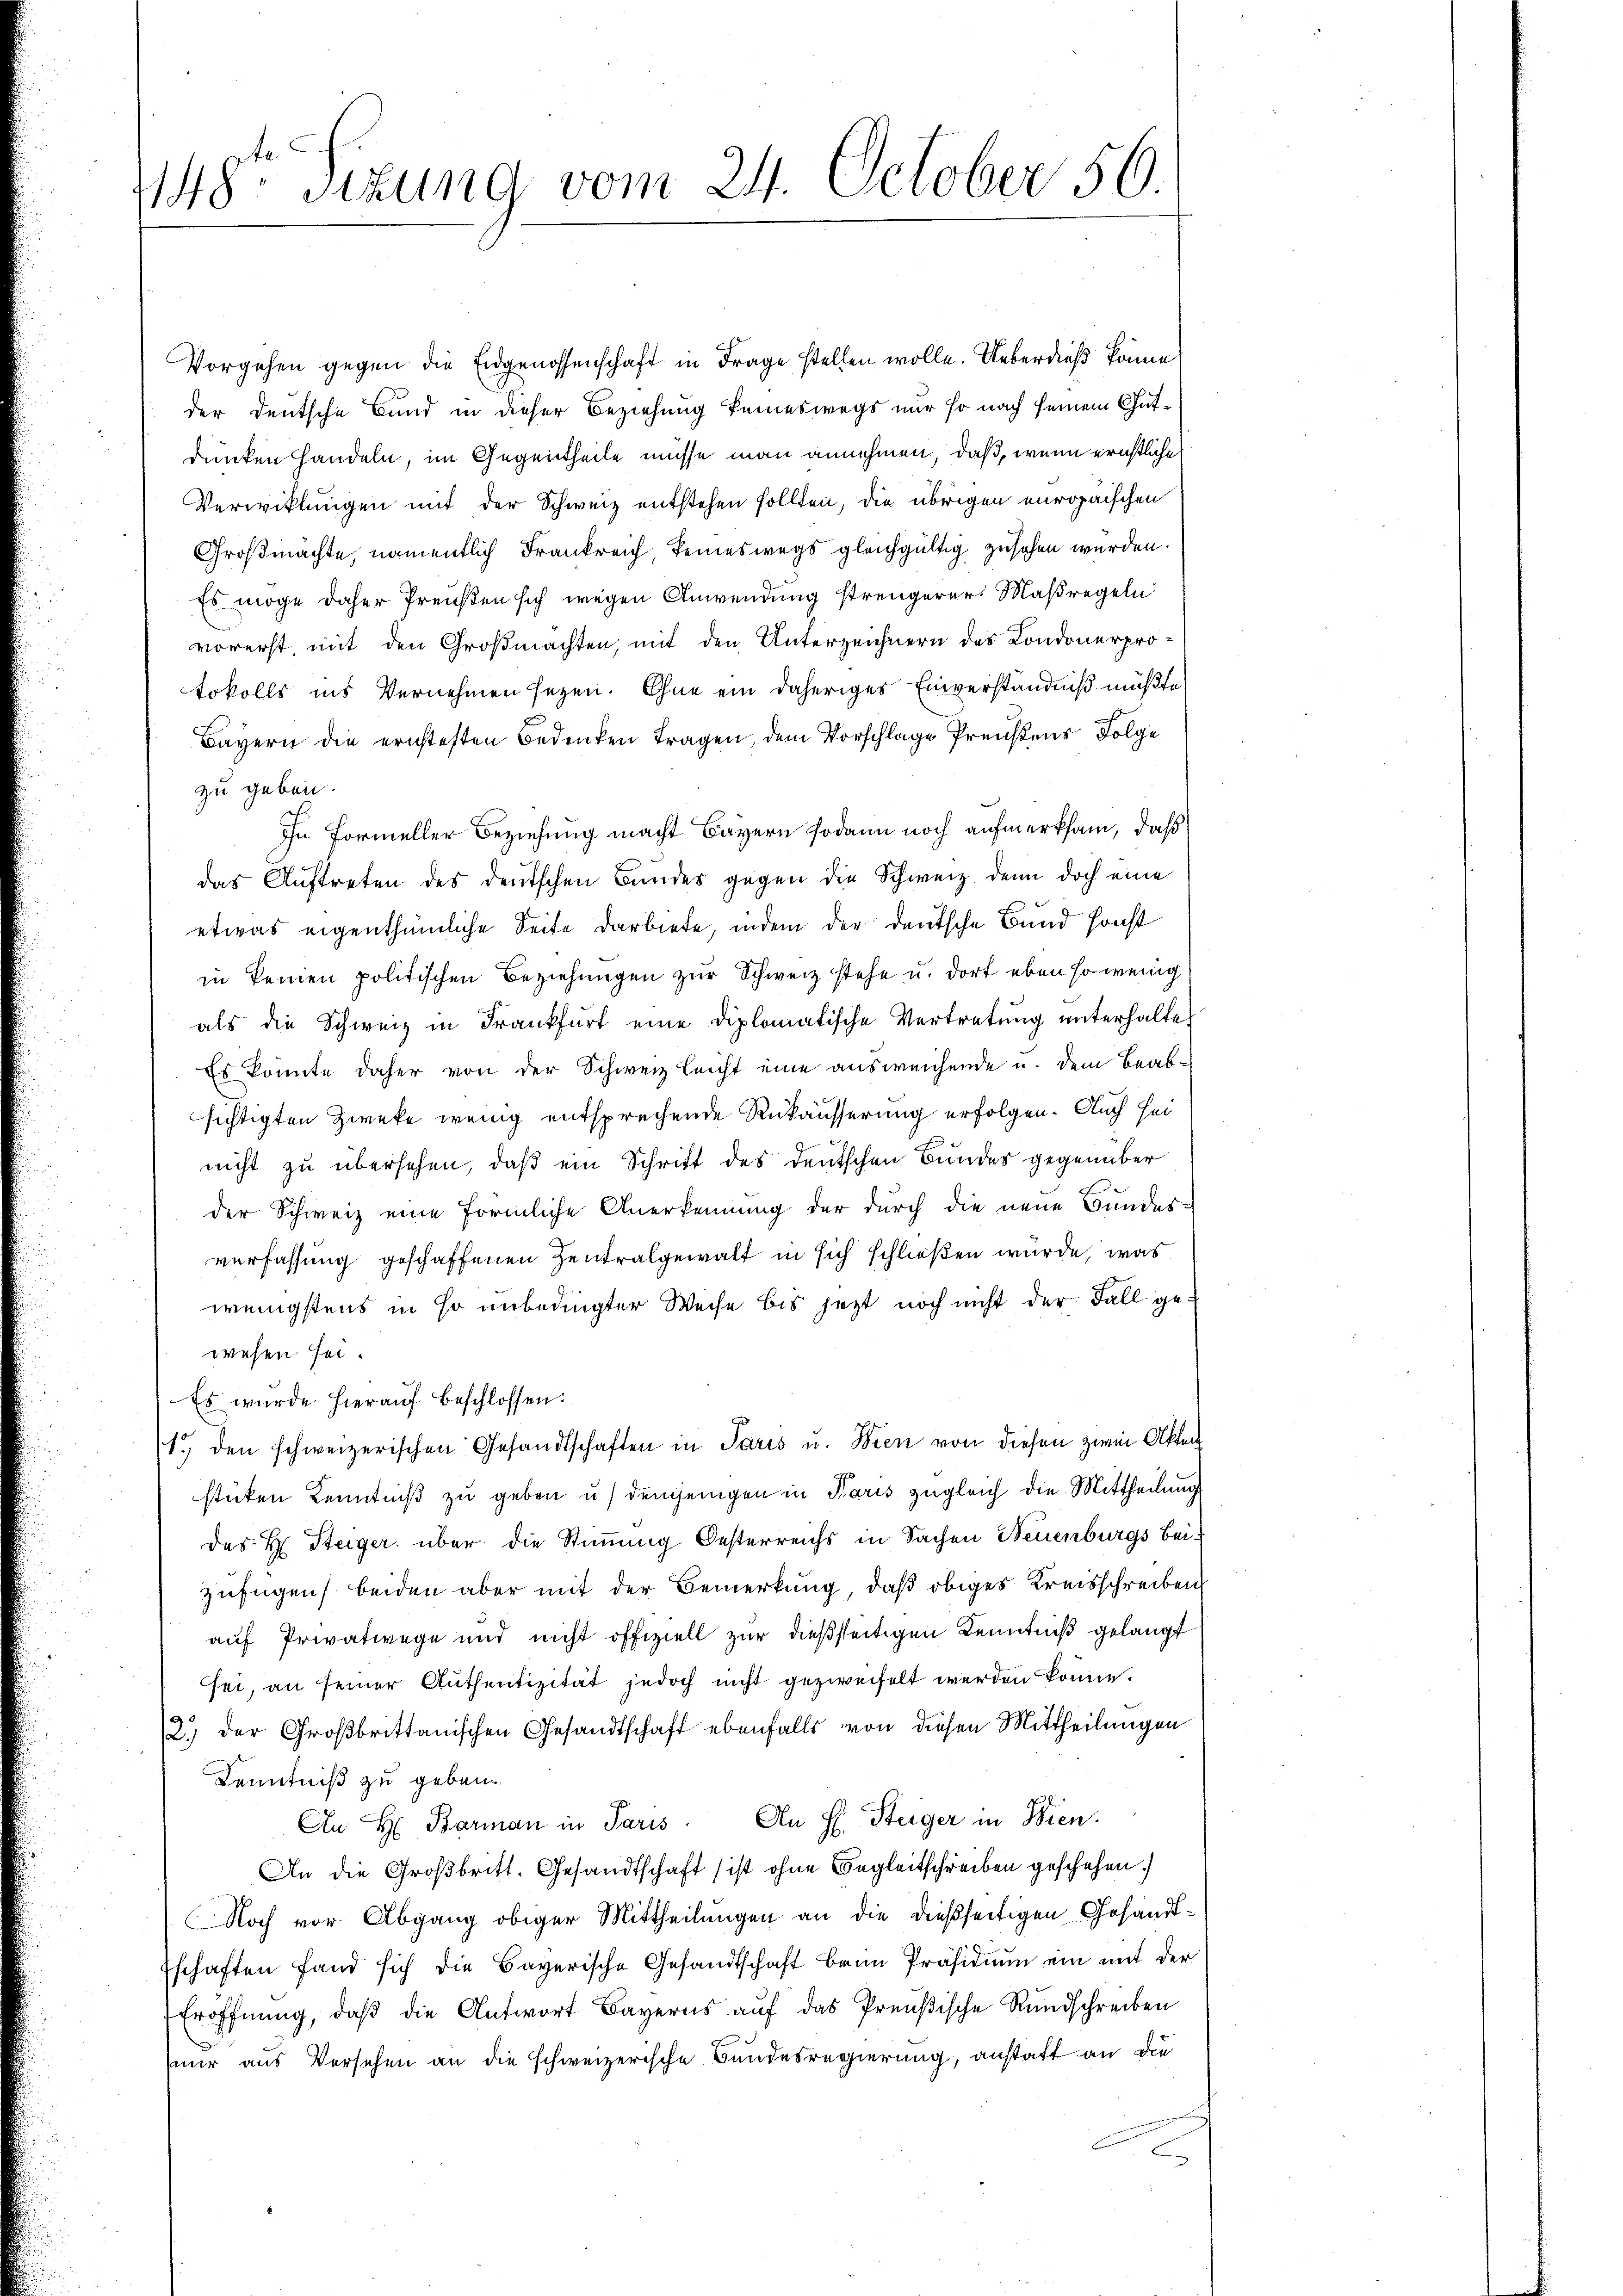
1148 sizung vom 24. October 56

Vorgehen gegen die Eidgenossenschaft in Frage stellen wolle. Ueberdieß könne
der deutsche Bund in dieser Beziehung keineswegs nur so nach seinem Gutdunken handeln, im Gegentheile müsse man annehmen, daß, wenn ernstliche
Verwicklungen mit der Schweiz entstehen sollten, die übrigen europäischen
Großmachte, namentlich Frankreich, keineswegs gleichgültig zusehen werden.
Es möge daher Preußen sich wegen Anwendung strengerer Maßregeln
vorerst, mit den Großmachten, mit den Unterzeichnern des Condonerprotokolls ins Vernehmen seyen. Ohne ein daheriges Einverständniß müßte,
Bayern die ernstesten Bedenken tragen, dem Vorschlage Preistens Folge
zu geben.
In Formeller Beziehung macht Bayern sodann noch aufmerksam, daß
das Auftreten des deutschen Bundes gegen die Schweiz denn doch eine
etwas eigenthümliche Seite darbiete, indem der deutsche Bund sonst
in keinen politischen Beziehungen zur Schweiz stehe u. dort eben so wenig
als die Schweiz in Frankfurt eine diplomatische Vertretung unterhalte¬
Es könnte daher von der Schweiz leicht eine ausweichende u. dem Beabsichtigten Zweke wenig entsprechende Rükäusserung erfolgen. Auch sei
nicht zu übersehen, daß ein Schritt des deutschen Bundes gegenüber
der Schweiz eine förmliche Anerkennung der durch die neue Bundes-
verfassung geschaffenen Zentralgewalt in sich schließen würde, was
wenigstens in so unbedingter Weise bis jetzt noch nicht der Fall gewesen sei.
Es wurde hierauf beschlossen:
1., den schweizerischen Gesandtschaften in Paris u. Wien von diesen zwei Akten
stücken Kenntniß zu geben u. demjenigen in Karis zugleich die Mittheilung
des H. Steiger über die Stimmung Oesterreichs in Sachen Neuenburgs Beizufügen beiden aber mit der Bemerkung, daß obiges Kreisschreiben
auf Privatwege und nicht offiziell zur dießseitigen Kenntniß gelangt
sei, an seiner Authentizität jedoch nicht gezweifelt werden könne.
2.) der Großbrittanischen Gesandtschaft ebenfalls von diesen Mittheilungen
Kenntniß zu geben.
An H: Barman in Paris. An H. Steiger in Wien.
An die Großbritt. Gesandtschaft ist ohne Begleitschreiben geschehen.
Noch vor Abgang obiger Mittheilungen an die dießseitigen Gesandt¬
Eschaften fand sich die Bayerische Gesandtschaft beim Präsidium ein mit der
Eröffnŭng, daβ die Antwort Bayerns aŭf das Preußische Rŭndschreiben
nur aus Versehen an die schweizerische Bundesregierung, anstatt an die